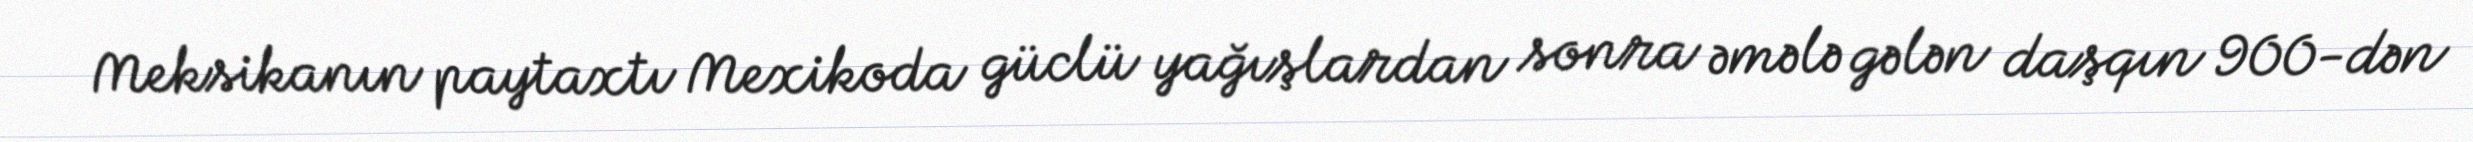
Meksikanın paytaxtı Mexikoda güclü yağışlardan sonra əmələ gələn daşqın 900-dən